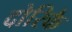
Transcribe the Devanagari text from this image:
दोरिकै